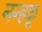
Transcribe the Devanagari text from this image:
नन्हकू